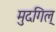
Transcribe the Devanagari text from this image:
मुदगिल्